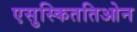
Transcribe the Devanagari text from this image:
एसुस्किततिओन